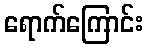
ရောက်ကြောင်း